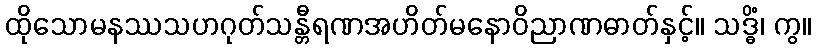
ထိုသောမနဿသဟဂုတ်သန္တီရဏအဟိတ်မနောဝိညာဏဓာတ်နှင့်။ သဒ္ဓိံ၊ ကွ။